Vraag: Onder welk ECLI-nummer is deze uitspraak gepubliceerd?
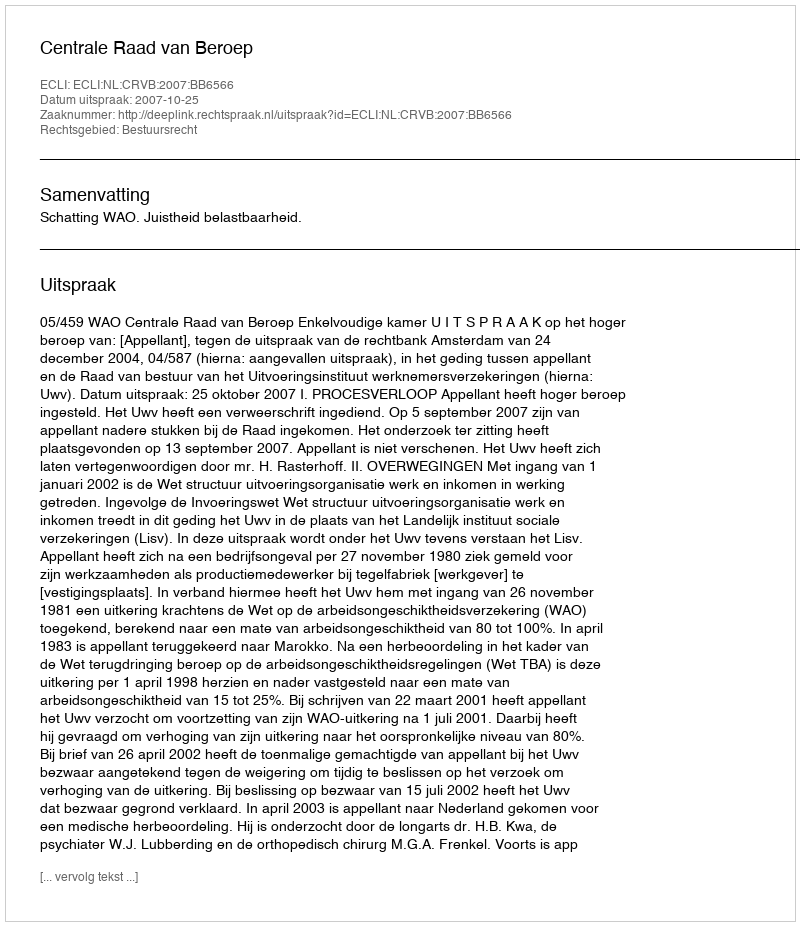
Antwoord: ECLI:NL:CRVB:2007:BB6566